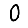
Digit: 0